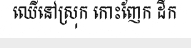
ឈើនៅស្រុក កោះញែក ដឹក